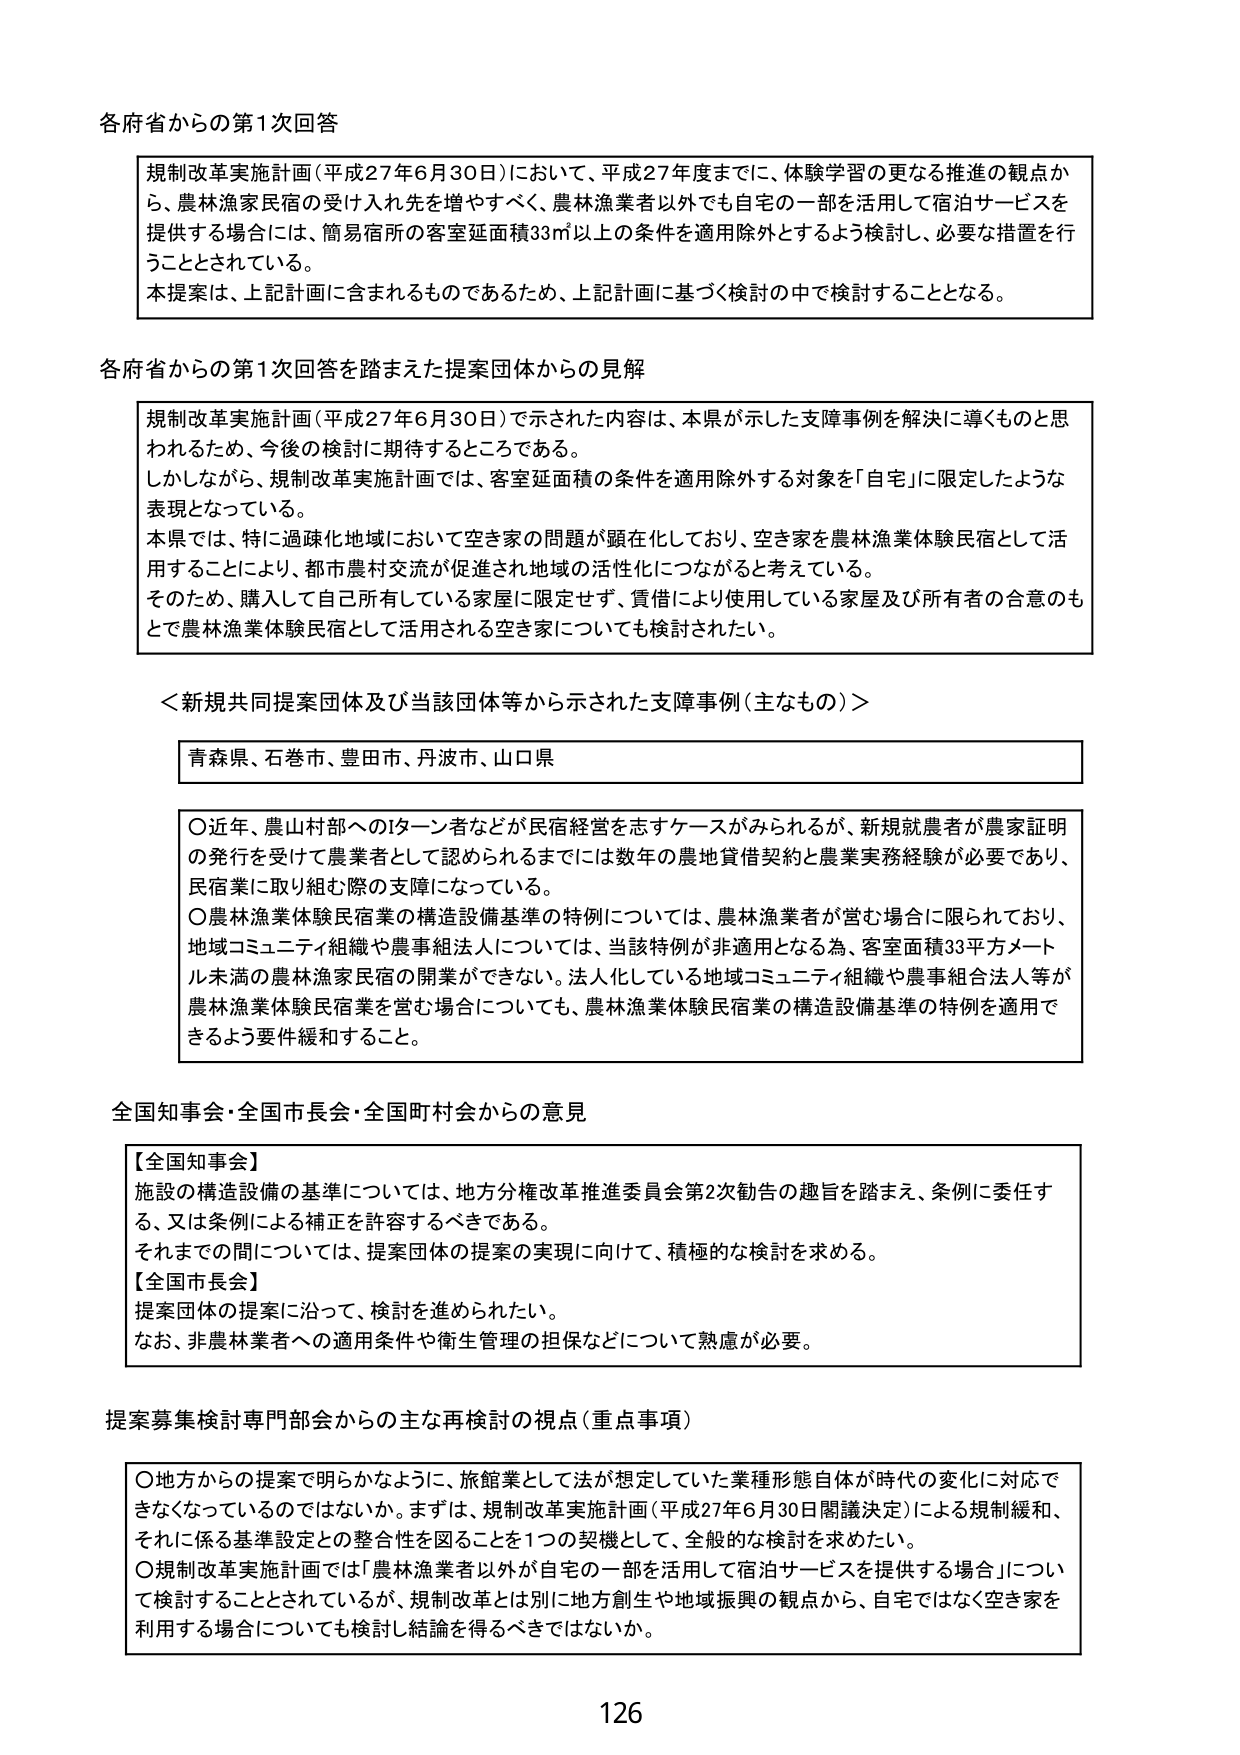
各府省からの第1次回答

規制改革実施計画（平成27年6月30日）において、平成27年度までに、体験学習の更なる推進の観点から、農林漁業民宿の受け入れ先を増やすべく、農林漁業者以外でも自宅の一部を活用して宿泊サービスを提供する場合には、簡易宿所の客室延面積33㎡以上の条件を適用除外とするよう検討し、必要な措置を行うこととされている。
本提案は、上記計画に含まれるものであるため、上記計画に基づく検討の中で検討することとなる。

各府省からの第1次回答を踏まえた提案団体からの見解

規制改革実施計画（平成27年6月30日）で示された内容は、本県が示した支障事例を解決に導くものと思われるため、今後の検討に期待するところである。
しかしながら、規制改革実施計画では、客室延面積の条件を適用除外する対象を「自宅」に限定したような表現となっている。
本県では、特に過疎化地域において空き家の問題が顕在化しており、空き家を農林漁業体験民宿として活用することにより、都市農村交流が促進され地域の活性化につながると考えている。
そのため、購入して自己所有している家屋に限定せず、賃借により使用している家屋及び所有者の合意のもとで農林漁業体験民宿として活用される空き家についても検討されたい。

＜新規共同提案団体及び当該団体等から示された支障事例（主なもの）＞

青森県、石巻市、豊田市、丹波市、山口県

○近年、農山村部へのターン者などが民宿経営を志すケースがみられるが、新規就農者が農家証明の発行を受けて農業者として認められるまでには数年の農地賃借契約と農業実務経験が必要であり、民宿業に取り組む際の支障になっている。
○農林漁業体験民宿業の構造設備基準の特例については、農林漁業者が営む場合に限られており、地域コミュニティ組織や農事組法人については、当該特例が非適用となる為、客室面積33平方メートル未満の農林漁業民宿の開業ができない。法人化している地域コミュニティ組織や農事組合法人等が農林漁業体験民宿業を営む場合についても、農林漁業体験民宿業の構造設備基準の特例を適用できるよう要件緩和すること。

全国知事会・全国市長会・全国町村会からの意見

【全国知事会】
施設の構造設備の基準については、地方分権改革推進委員会第2次勧告の趣旨を踏まえ、条例に委任する、又は条例による補正を許容するべきである。
それまでの間については、提案団体の提案の実現に向けて、積極的な検討を求める。
【全国市長会】
提案団体の提案に沿って、検討を進められたい。
なお、非農林業者への適用条件や衛生管理の担保などについて熟慮が必要。

提案募集検討専門部会からの主な再検討の視点（重点事項）

○地方からの提案で明らかなように、旅館業として法が想定していた業種形態自体が時代の変化に対応できなくなっているのではないか。まずは、規制改革実施計画（平成27年6月30日閣議決定）による規制緩和、それに係る基準設定との整合性を図ることを1つの契機として、一般的な検討を求めたい。
○規制改革実施計画では「農林漁業者以外が自宅の一部を活用して宿泊サービスを提供する場合」について検討することとされているが、規制改革とは別に地方創生や地域振興の観点から、自宅ではなく空き家を利用する場合についても検討し結論を得るべきではないか。

126